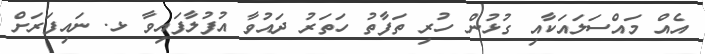
އެއް މައްސަލައަކާއި ގުޅުން ހުރި ތަފާތު ހަތަރު ދައުވާ އުފުލާފައިވާ ޅ. ނައިފަރަށް